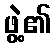
ဖွဲ့၏